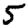
Digit: 5